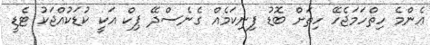
ޢެންމެ ހިތްހަމަޖެހޭ ހިތަށް ބޮޑު ފިނިކަމެއް ގެނެސްދޭ ޕިކް އަކީ ކުޑަކުއްޖަކު ޓެޑީ